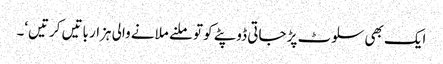
ایک بھی سلوٹ پڑ جاتی ڈوپٹے کو تو ملنے ملانے والی ہزار باتیں کرتیں‘۔